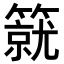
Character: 𥳛